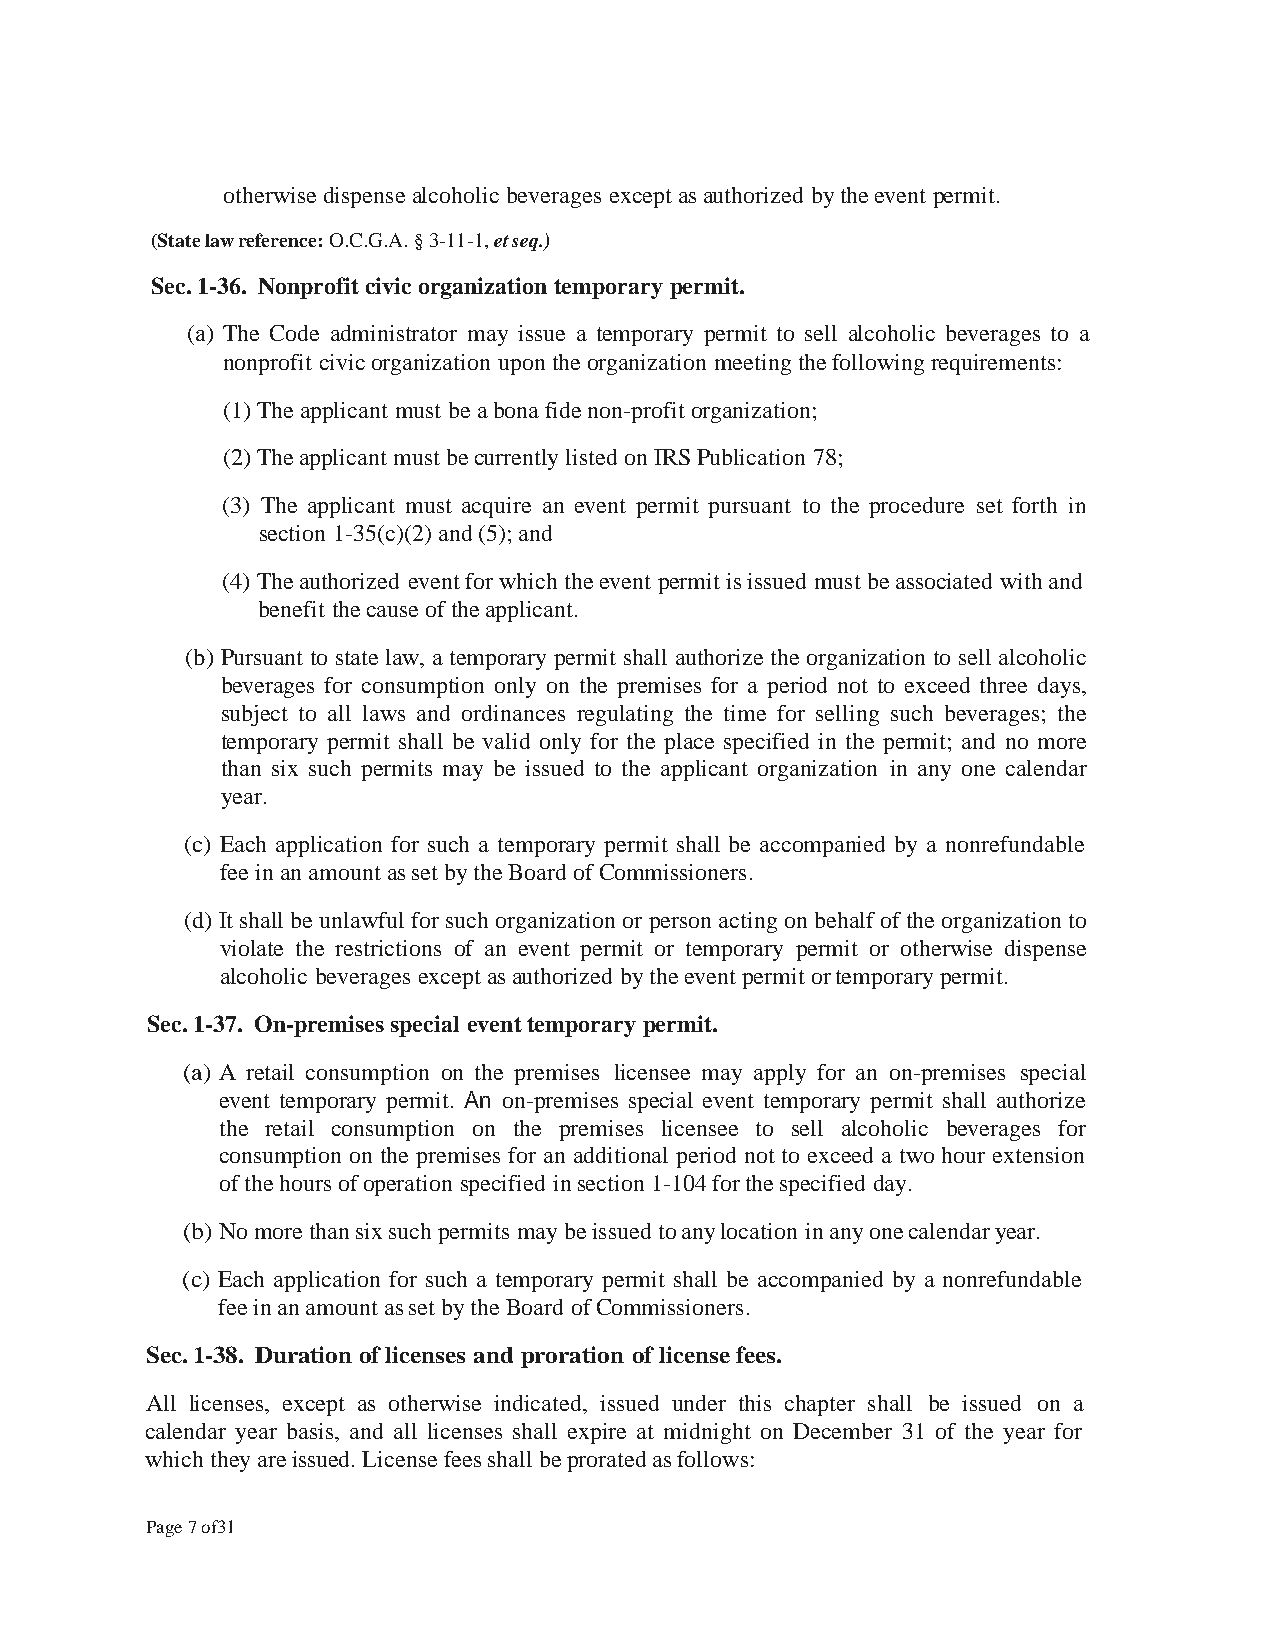
otherwise dispense alcoholic beverages except as authorized by the event permit.
 (State law reference: O.C.G.A. § 3-11-1, et seq.)
 Sec. 1-36. Nonprofit civic organization temporary permit.
 (a) The Code administrator may issue a temporary permit to sell alcoholic beverages to a
 nonprofit civic organization upon the organization meeting the following requirements:
 (1) The applicant must be a bona fide non-profit organization;
 (2) The applicant must be currently listed on IRS Publication 78;
 (3) The applicant must acquire an event permit pursuant to the procedure set forth in
 section 1-35(c)(2) and (5); and
 (4) The authorized event for which the event permit is issued must be associated with and
 benefit the cause of the applicant.
 (b) Pursuant to state law, a temporary permit shall authorize the organization to sell alcoholic
 beverages for consumption only on the premises for a period not to exceed three days,
 subject to all laws and ordinances regulating the time for selling such beverages; the
 temporary permit shall be valid only for the place specified in the permit; and no more
 than six such permits may be issued to the applicant organization in any one calendar
 year.
 (c) Each application for such a temporary permit shall be accompanied by a nonrefundable
 fee in an amount as set by the Board of Commissioners.
 (d) It shall be unlawful for such organization or person acting on behalf of the organization to
 violate the restrictions of an event permit or temporary permit or otherwise dispense
 alcoholic beverages except as authorized by the event permit or temporary permit.
 Sec. 1-37. On-premises special event temporary permit.
 (a) A retail consumption on the premises licensee may apply for an on-premises special
 event temporary permit. An on-premises special event temporary permit shall authorize
 the retail consumption on the premises licensee to sell alcoholic beverages for
 consumption on the premises for an additional period not to exceed a two hour extension
 of the hours of operation specified in section 1-104 for the specified day.
 (b) No more than six such permits may be issued to any location in any one calendar year.
 (c) Each application for such a temporary permit shall be accompanied by a nonrefundable
 fee in an amount as set by the Board of Commissioners.
 Sec. 1-38. Duration of licenses and proration of license fees.
 All licenses, except as otherwise indicated, issued under this chapter shall be issued on a
 calendar year basis, and all licenses shall expire at midnight on December 31 of the year for
 which they are issued. License fees shall be prorated as follows:
 Page 7 of31